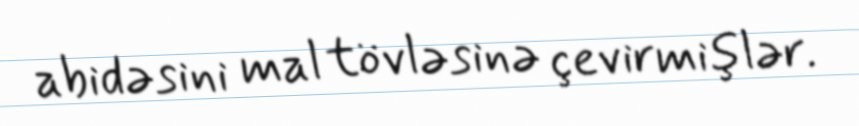
abidəsini mal tövləsinə çevirmişlər.